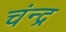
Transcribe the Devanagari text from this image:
चंन्द्र